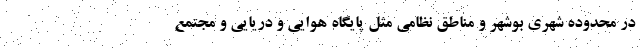
در محدوده شهری بوشهر و مناطق نظامی مثل پایگاه هوایی و دریایی و مجتمع